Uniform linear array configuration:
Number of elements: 12
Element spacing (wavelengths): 1
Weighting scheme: binomial
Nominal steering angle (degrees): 15
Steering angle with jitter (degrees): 16.029
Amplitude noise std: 0.05
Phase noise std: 0.05

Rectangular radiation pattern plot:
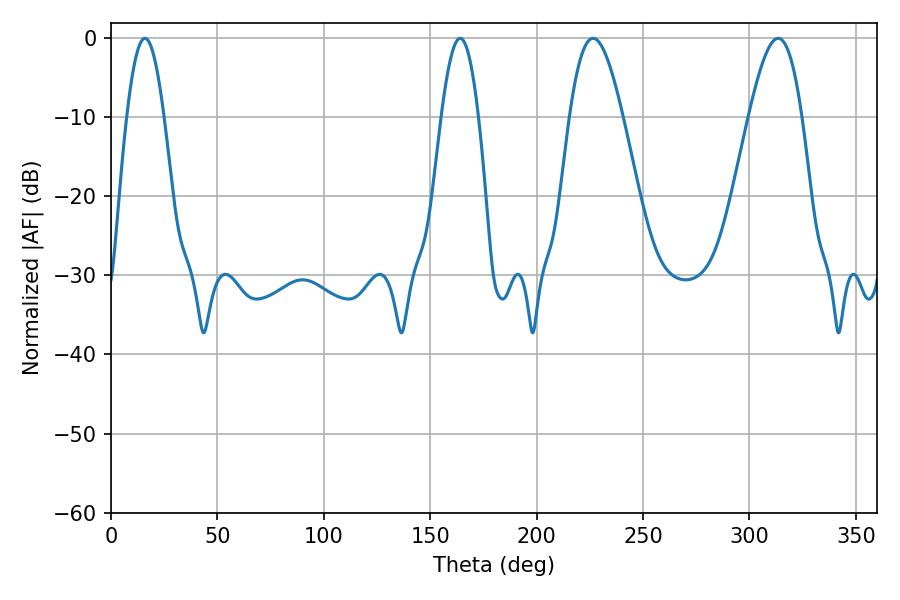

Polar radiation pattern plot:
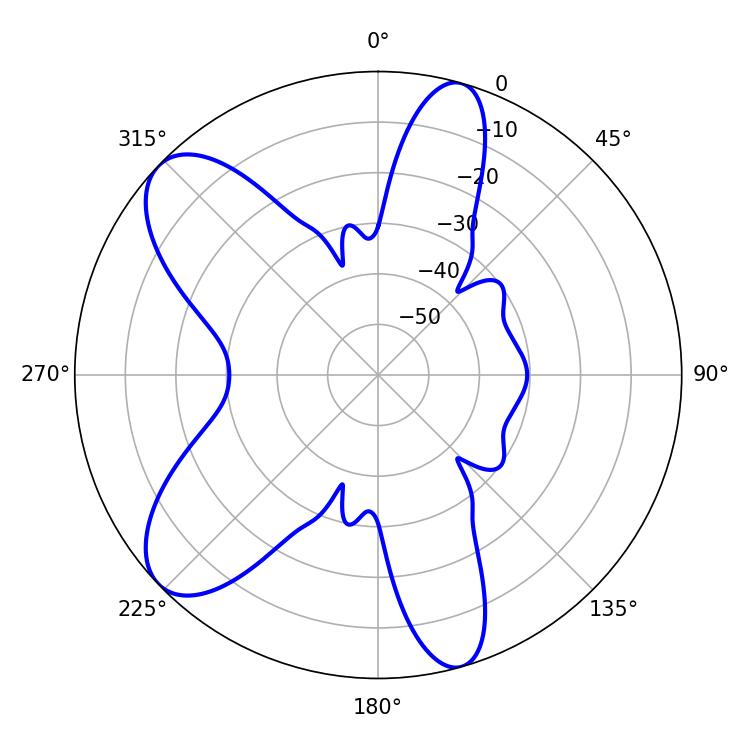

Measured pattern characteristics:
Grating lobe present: TRUE
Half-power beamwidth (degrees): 13.5
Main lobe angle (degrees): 226.44